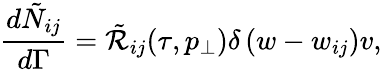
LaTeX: \frac{d\tilde{N}_{ij}}{d\Gamma}=\tilde{\mathcal{R}}_{ij}(\tau,p_{\perp})\delta\left(w-w_{ij}\right)v,